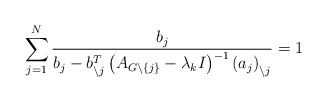
\begin{align*}\sum_{j=1}^{N}\frac{b_{j}}{b_{j}-b_{\backslash j}^{T}\left( A_{G\backslash\left\{ j\right\} }-\lambda_{k}I\right) ^{-1}\left( a_{j}\right)_{\backslash j}}=1 \end{align*}